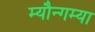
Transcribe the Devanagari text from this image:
म्यौन्गम्या